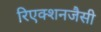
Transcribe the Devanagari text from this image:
रिएक्शनजैसी